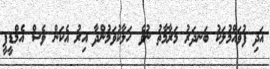
އަދި ފުވައްމުލަކު ބަނދަރު މަރާމާތު ނުވެ ހަލާކުވަމުންދާ އިރު އެކަން ވެސް އެމްޑީޕީ